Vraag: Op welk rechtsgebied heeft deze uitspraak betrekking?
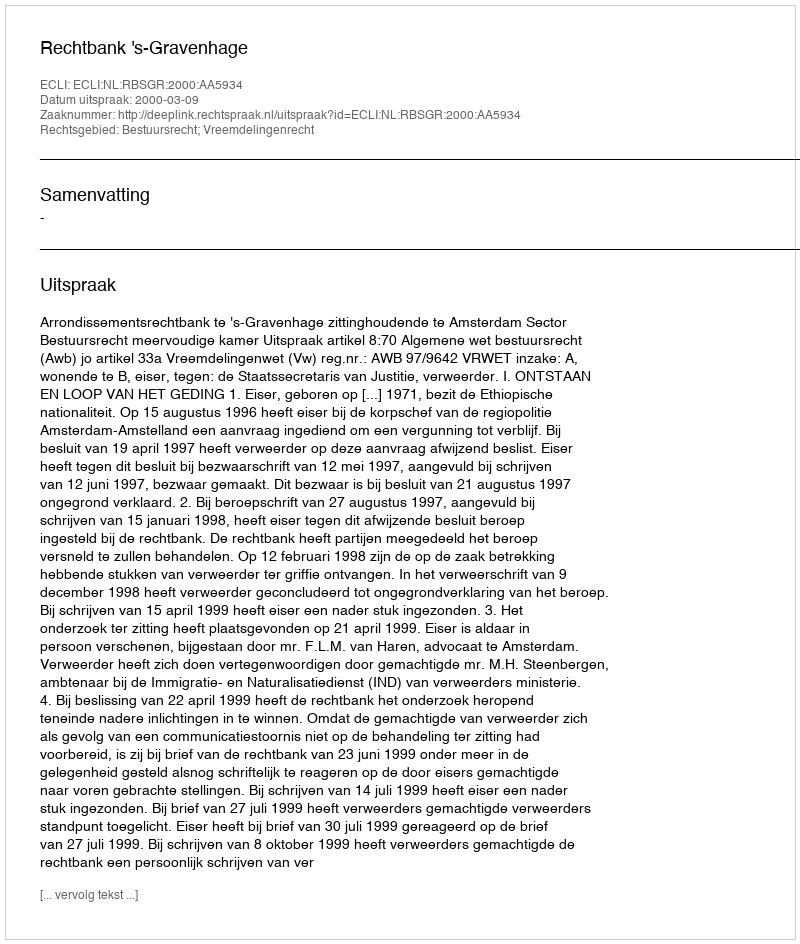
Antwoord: Bestuursrecht; Vreemdelingenrecht